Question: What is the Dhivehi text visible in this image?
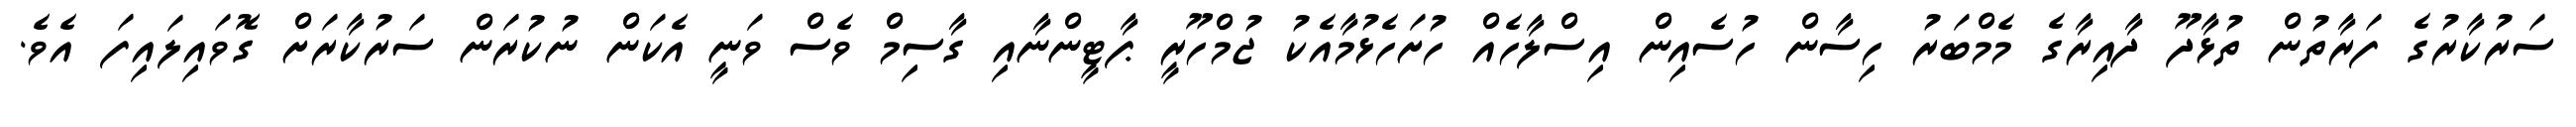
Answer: ސަރުކާރުގެ ފަރާތުން ތުޅާދޫ ދާއިރާގެ މެމްބަރު ހިސާން ހުސެއިން އިސްލާހެއް ހުށަހެޅުމާއެކު ޖުމްހޫރީ ޕާޓީންނާއި ގާސިމް ވެސް ވަނީ އެކަން ނުކުރަން ސަރުކާރަށް ގޮވައިލައިފަ އެވެ.